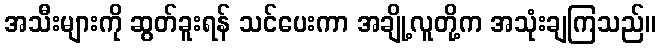
အသီးများကို ဆွတ်ခူးရန် သင်ပေးကာ အချို့လူတို့က အသုံးချကြသည်။